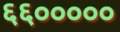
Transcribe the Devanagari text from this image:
६६०००००